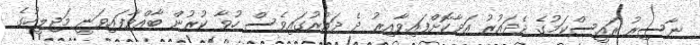
ނާސިރު ރައީސްކަމުގެ ދެދައުރު އަދާކޮށްފައިވާއިރު ދެ ދައުރުގައިވެސް ހުވާ ކުރުން ބާއްވާފައިވަނީ މަޖިލީހުގެ